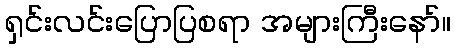
ရှင်းလင်းပြောပြစရာ အများကြီးနော်။